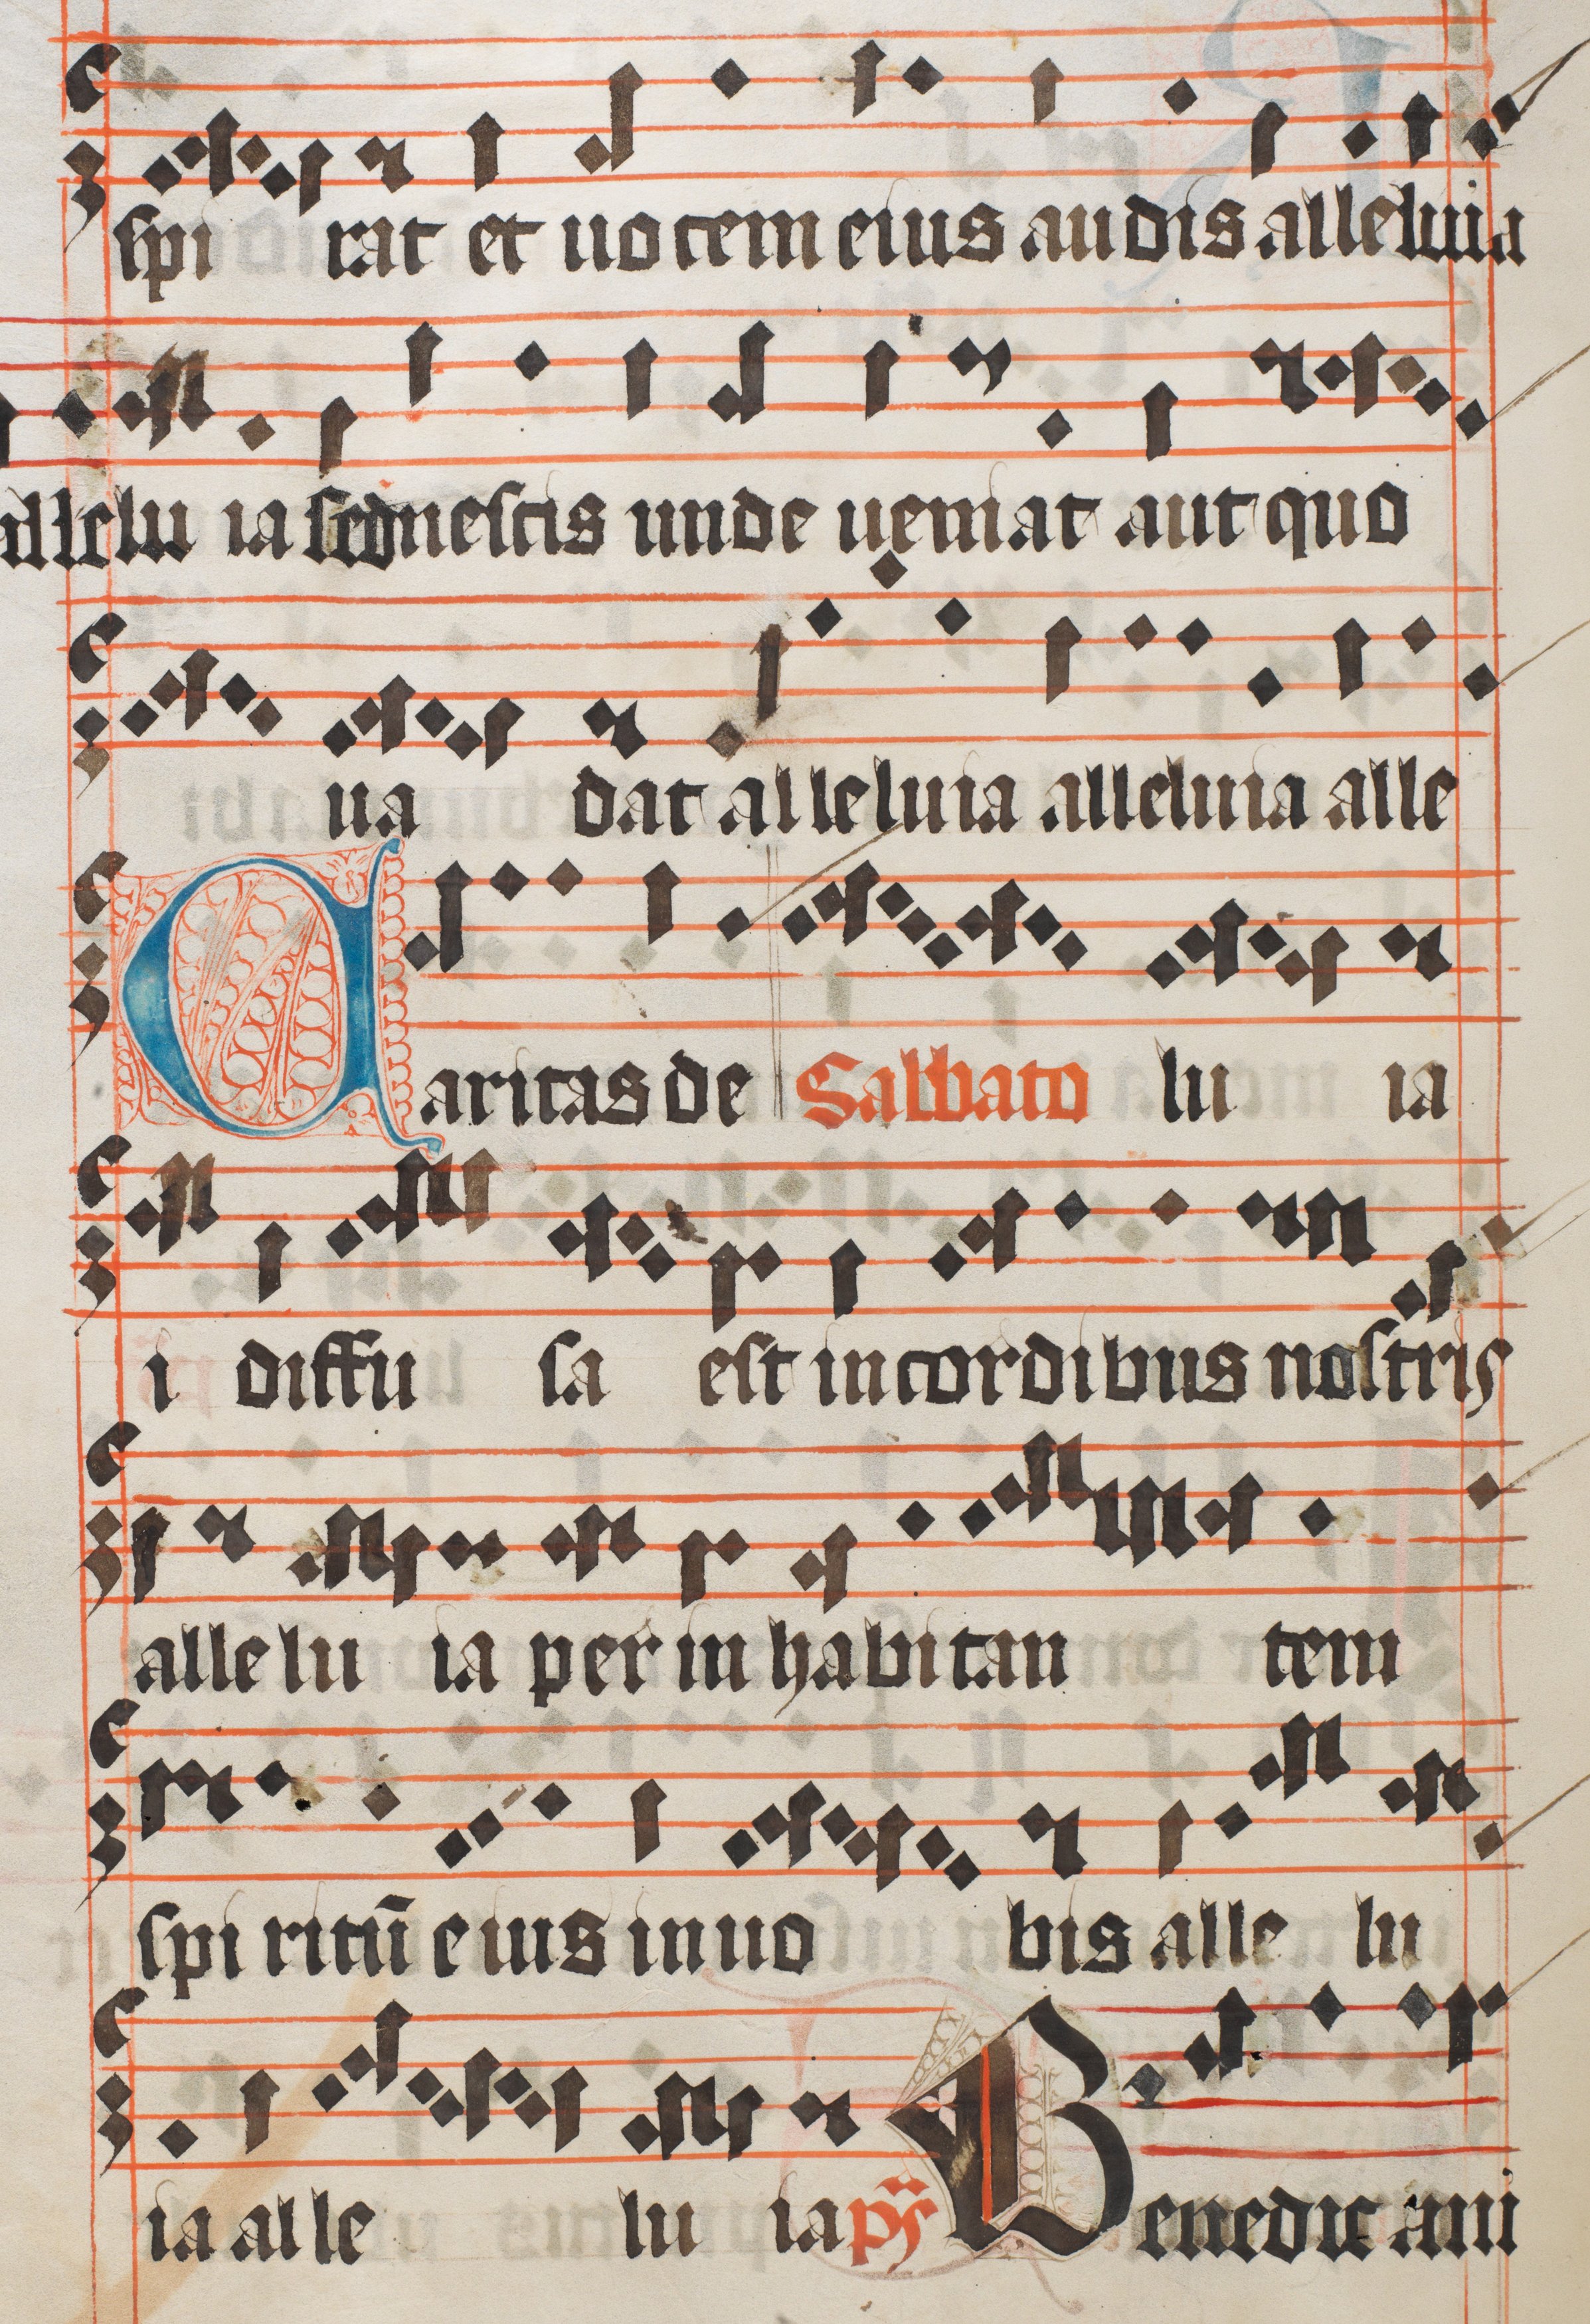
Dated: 1450–1599